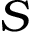
S